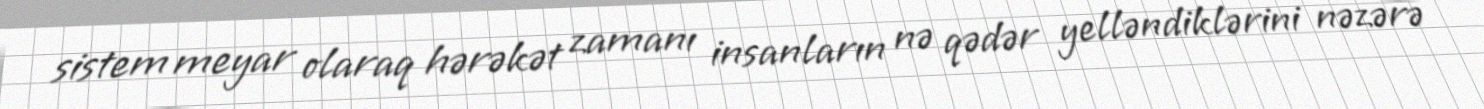
sistem meyar olaraq hərəkət zamanı insanların nə qədər yelləndiklərini nəzərə